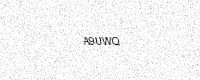
Text: A9UWQ